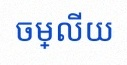
ចម្លើយ